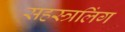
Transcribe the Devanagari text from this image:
सहस्त्रलिंग